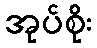
အုပ်စိုး